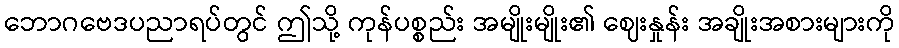
ဘောဂဗေဒပညာရပ်တွင် ဤသို့ ကုန်ပစ္စည်း အမျိုးမျိုး၏ ဈေးနှုန်း အချိုးအစားများကို